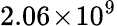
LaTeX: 2.06\! \times\! 10^{9}